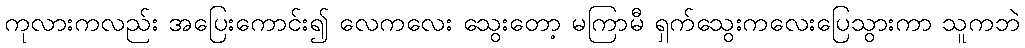
ကုလားကလည်း အပြေးကောင်း၍ လေကလေး သွေးတော့ မကြာမီ ရှက်သွေးကလေးပြေသွားကာ သူကဘဲ